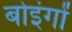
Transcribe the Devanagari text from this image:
बोइंगों